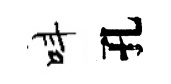
呌孔